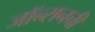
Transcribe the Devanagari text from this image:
जॉन्सनची